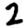
Digit: 2